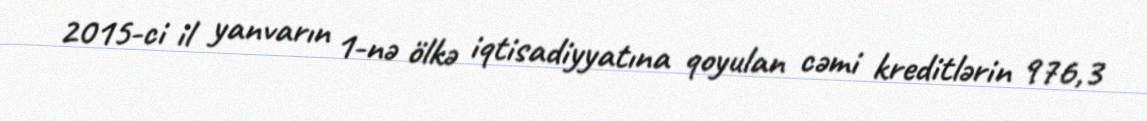
2015-ci il yanvarın 1-nə ölkə iqtisadiyyatına qoyulan cəmi kreditlərin 976,3